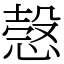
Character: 愨